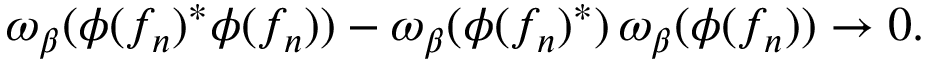
\omega _ { \beta } ( \phi ( f _ { n } ) ^ { * } \phi ( f _ { n } ) ) - \omega _ { \beta } ( \phi ( f _ { n } ) ^ { * } ) \, \omega _ { \beta } ( \phi ( f _ { n } ) ) \rightarrow 0 .